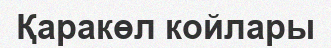
Қаракөл койлары